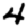
Digit: 4